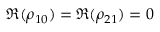
\Re ( \rho _ { 1 0 } ) = \Re ( \rho _ { 2 1 } ) = 0